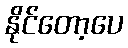
နိုင်တော့ပေ